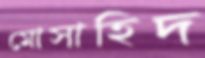
মোসাহিদ